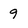
Character: 9